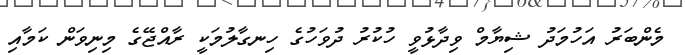
މެންބަރު އަހުމަދު ޝިޔާމް ވިދާޅުވީ ހުކުރު ދުވަހުގެ ހިނގާލުމަކީ ރާއްޖޭގެ މިނިވަން ކަމާއި